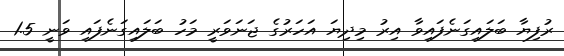
ރުފިޔާ ބަލައިގަނެފައިވާ އިރު މިދިޔަ އަހަރުގެ ޖަނަވަރީ މަހު ބަލައިގަނެފައި ވަނީ 1.5